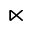
\ltimes